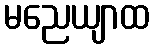
မညေယျာထ